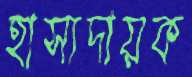
হাস্যদায়ক